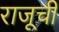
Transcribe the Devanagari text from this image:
राजूची